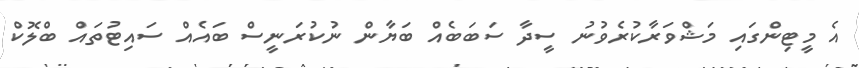
އެ މީޓިންގައި މަޝްވަރާކުރެވުނު ސީދާ ސަބަބެއް ބަޔާން ނުކުރަނީސް ބައެއް ސައިޓުތައް ބްލޮކް